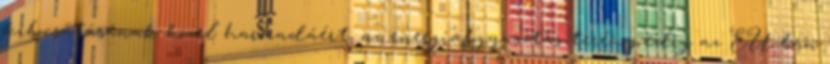
kibocsátásának közel harmadáért, az energiafogyasztás terén pedig az EU-ban